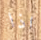
اذا